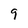
Character: 9